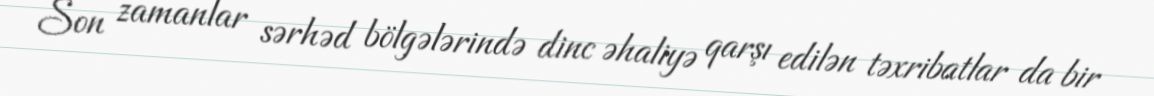
Son zamanlar sərhəd bölgələrində dinc əhaliyə qarşı edilən təxribatlar da bir